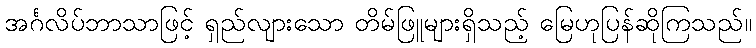
အင်္ဂလိပ်ဘာသာဖြင့် ရှည်လျားသော တိမ်ဖြူများရှိသည့် မြေဟုပြန်ဆိုကြသည်။